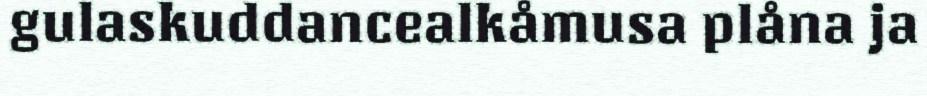
gulaskuddancealkåmusa plåna ja